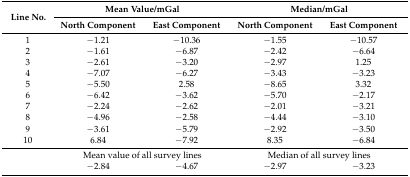
<table><thead><tr><td rowspan="2"><b>Line No.</b></td><td colspan="2"><b>Mean Value/mGal</b></td><td colspan="2"><b>Median/mGal</b></td></tr><tr><td><b>North Component</b></td><td><b>East Component</b></td><td><b>North Component</b></td><td><b>East Component</b></td></tr></thead><tbody><tr><td>1</td><td>−1.21</td><td>−10.36</td><td>−1.55</td><td>−10.57</td></tr><tr><td>2</td><td>−1.61</td><td>−6.87</td><td>−2.42</td><td>−6.64</td></tr><tr><td>3</td><td>−2.61</td><td>−3.20</td><td>−2.97</td><td>1.25</td></tr><tr><td>4</td><td>−7.07</td><td>−6.27</td><td>−3.43</td><td>−3.23</td></tr><tr><td>5</td><td>−5.50</td><td>2.58</td><td>−8.65</td><td>3.32</td></tr><tr><td>6</td><td>−6.42</td><td>−3.62</td><td>−5.70</td><td>−2.17</td></tr><tr><td>7</td><td>−2.24</td><td>−2.62</td><td>−2.01</td><td>−3.21</td></tr><tr><td>8</td><td>−4.96</td><td>−2.58</td><td>−4.44</td><td>−3.10</td></tr><tr><td>9</td><td>−3.61</td><td>−5.79</td><td>−2.92</td><td>−3.50</td></tr><tr><td>10</td><td>6.84</td><td>−7.92</td><td>8.35</td><td>−6.84</td></tr><tr><td></td><td colspan="2">Mean value of all survey lines</td><td colspan="2">Median of all survey lines</td></tr><tr><td></td><td>−2.84</td><td>−4.67</td><td>−2.97</td><td>−3.23</td></tr></tbody></table>